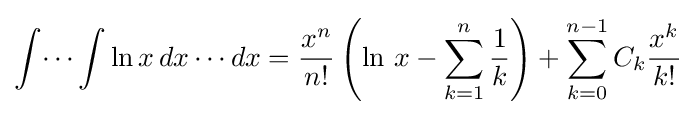
\int \dotsi \int \ln x\,dx\dotsm dx={\frac {x^{n}}{n!}}\left(\ln \,x-\sum _{k=1}^{n}{\frac {1}{k}}\right)+\sum _{k=0}^{n-1}C_{k}{\frac {x^{k}}{k!}}